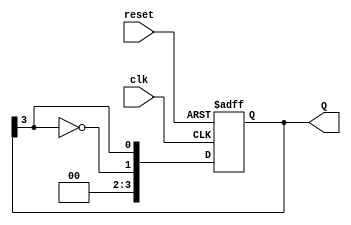
module johnson_counter #(
    parameter n = 4  // Number of flip-flops (can be changed as needed)
) (
    input wire clk,     // Clock input
    input wire reset,   // Asynchronous reset
    output reg [n-1:0] Q // Output state of the counter
);

    // Always block triggered on clock's rising edge
    always @(posedge clk or posedge reset) begin
        if (reset) begin
            // Initialize counter to 0
            Q <= {n{1'b0}};  // Set all bits to 0
        end else begin
            // Shift the counter state
            Q <= {~Q[n-1], Q[n-1:n-1]};  // Invert last bit and shift
        end
    end

endmodule